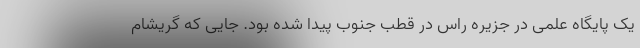
یک پایگاه علمی در جزیره راس در قطب جنوب پیدا شده بود. جایی که گریشام